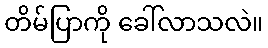
တိမ်ပြာကို ခေါ်လာသလဲ။